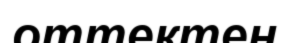
оттектен